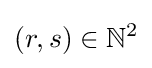
(r,s)\in \mathbb {N} ^{2}